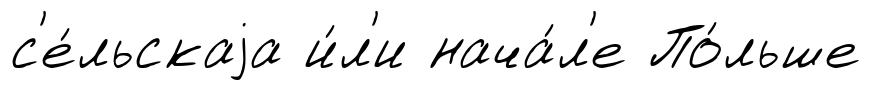
с'е́льскаjа и́л'и нача́л'е По́льше